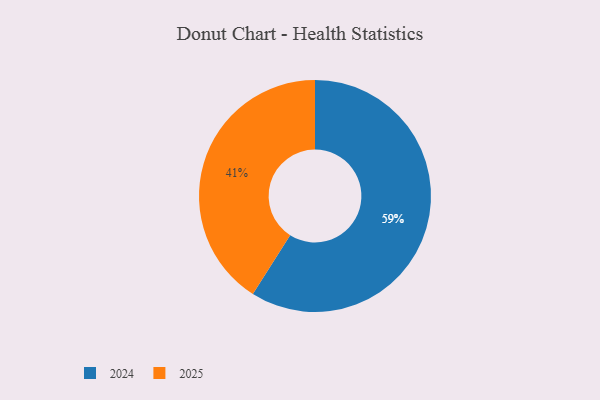
{"axis": {"x": "Category", "y": "Percentage"}, "legend": ["2024", "2025"], "data": [{"x": "2024", "y": 59, "type": "2024"}, {"x": "2025", "y": 41, "type": "2025"}]}